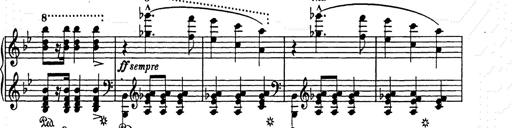
Title: Weihnachtsbaum
Composer: Franz Liszt